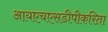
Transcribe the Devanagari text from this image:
आयएचएसडीपीकरिता